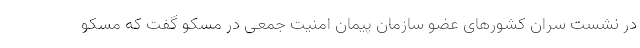
در نشست سران کشورهای عضو سازمان پیمان امنیت جمعی در مسکو گفت که مسکو